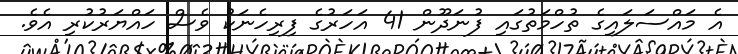
އެ މައްސަލައިގެ ތުހްމަތުގައި ފުނަދޫން 41 އަހަރުގެ ފިރިހެނަކު ވެސް ހައްޔަރުކުރި އެވެ.